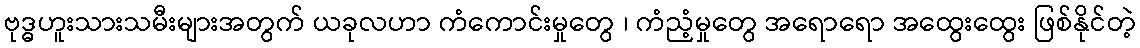
ဗုဒ္ဓဟူးသားသမီးများအတွက် ယခုလဟာ ကံကောင်းမှုတွေ ၊ ကံညံ့မှုတွေ အရောရော အထွေးထွေး ဖြစ်နိုင်တဲ့